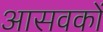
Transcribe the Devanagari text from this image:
आसवकों